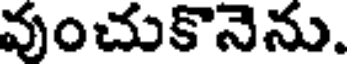
వుంచుకొనెను.